Report of the Bombay Plague Committee
Disease focus: Plague
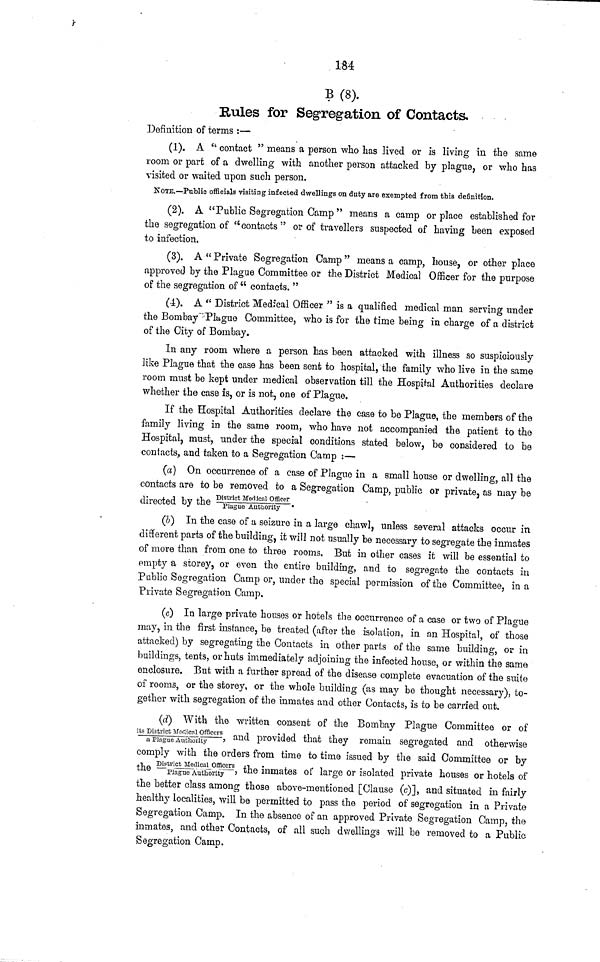
184
B(8).
Rules for Segregation of Contacts.
Definition of terms :—
(1). A " contact " means a person who lias lived or is living in the same
room or part of a dwelling with another person attacked by plague, or who has
visited or waited upon such person.
NOTE.—Public officials visiting infected dwellings on duty are exempted from this definition.
(2). A "Public Segregation Camp " means a camp or place established for
the segregation of "contacts" or of travellers suspected of having been exposed
to infection.
(3). A " Private Segregation Camp " means a camp, house, or other place
approved by the Plague Committee or the District Medical Officer for the purpose
of the segregation of " contacts. "
(4). A " District Medical Officer " is a qualified medical man serving under
the Bombay Plague Committee, who is for the time being in charge of a district
of the City of Bombay.
In any room where a person has been attacked with illness so suspiciously
like Plague that the case has been sent to hospital, the family who live in the same
room must be kept under medical observation till the Hospital Authorities declare
whether the case is, or is not, one of Plague.
If the Hospital Authorities declare the case to be Plague, the members of the
family living in the same room, who have not accompanied the patient to the
Hospital, must, under the special conditions stated below, be considered to be
contacts, and taken to a Segregation Camp :—
(a) On occurrence of a case of Plague in a small house or dwelling, all the
contacts are to be removed to a Segregation Camp, public or private, as may be
v
i. J i « 4.T. ~ District Medical Officer
directed by the -p lague Authority--
(Z>) In the case of a seizure in a large chawl, unless several attacks occur in
different parts of the building, it will not usually be necessary to segregate the inmates
of more than from one to three rooms. But in other cases it will be essential to
empty a storey, or even the entire building, and to segregate the contacts in
Public Segregation Camp or, under the special permission of the Committee, in a
Private Segregation Camp.
(c) In large private houses or hotels the occurrence of a case or two of Plague
may, in the first instance, be treated (after the isolation, in an Hospital, of those
attacked) by segregating the Contacts in other parts of the same building, or in
buildings, tents, or huts immediately adjoining the infected house, or within the same
enclosure. But with a further spread of the disease complete evacuation of the suite
of rooms, or the storey, or the whole building (as may be thought necessary), to-
gether with segregation of the inmates and other Contacts, is to be carried out.
(d) With the written consent of the Bombay Plague Committee or of
ltS a Kngte^uitfi^^0 01 *> ^^ P rov ided that they remain segregated and otherwise
comply with the orders from time to time issued by the said Committee or by
the ~SSufSrtf^ the ini »ates of large or isolated private houses or hotels of
the better class among those above-mentioned [Clause (c)], and situated in fairly
healthy localities, will be permitted to pass the period of segregation in a Private
Segregation Camp. In the absence of an approved Private Segregation Camp, the
inmates, and other Contacts, of all such dwellings will be removed to a Public
Segregation Camp.